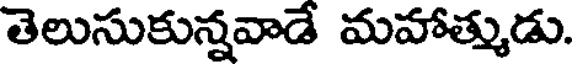
తెలుసుకున్నవాడే మహాత్ముడు.